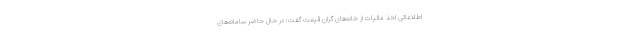
اطلاعاتی اخذ مالیات از خانه‌های گران قیمت گفت: در حال حاضر سامانه‌های